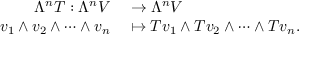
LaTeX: \begin{array} { r l } { \Lambda ^ { n } T : \Lambda ^ { n } V } & { { } \rightarrow \Lambda ^ { n } V } \\ { v _ { 1 } \wedge v _ { 2 } \wedge \dots \wedge v _ { n } } & { { } \mapsto T v _ { 1 } \wedge T v _ { 2 } \wedge \dots \wedge T v _ { n } . } \end{array}